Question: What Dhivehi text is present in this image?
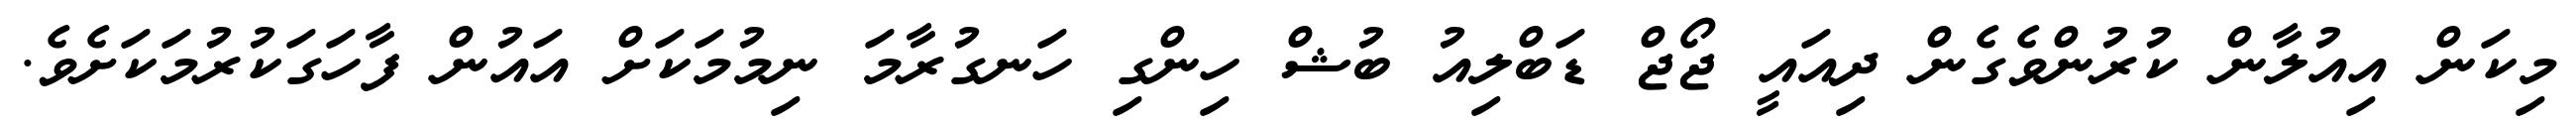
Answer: މިކަން އިއުލާން ކުރުންވެގެން ދިއައީ ޖޯޖް ޑަބްލިއު ބުޝް ހިންގި ހަނގުރާމަ ނިމުމަކަށް އައުން ފާހަގަކުރުމަކަށެވެ.